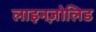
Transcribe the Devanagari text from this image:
लाइनज़ोलिड